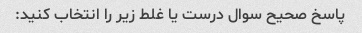
پاسخ صحیح سوال درست یا غلط زیر را انتخاب کنید: